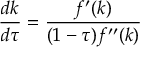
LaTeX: { \frac { d k } { d \tau } } = { \frac { f ^ { \prime } ( k ) } { ( 1 - \tau ) f ^ { \prime \prime } ( k ) } }